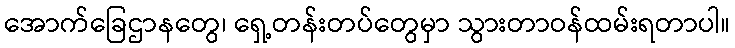
အောက်ခြေဌာနတွေ၊ ရှေ့တန်းတပ်တွေမှာ သွားတာဝန်ထမ်းရတာပါ။